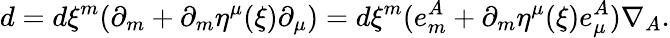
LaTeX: d=d\xi^{m}(\partial_{m}+\partial_{m}\eta^{\mu}(\xi)\partial_{\mu})=d\xi^{m}(e_{m}^{A}+\partial_{m}\eta^{\mu}(\xi)e_{\mu}^{A})\nabla_{A}.